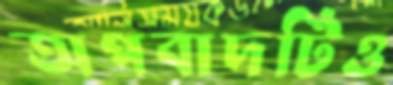
অপবাদটিও